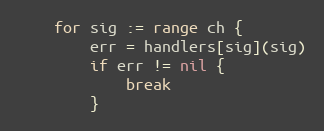
Language: Go
	for sig := range ch {
		err = handlers[sig](sig)
		if err != nil {
			break
		}